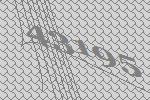
43195